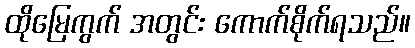
ထိုမြေကွက် အတွင်း ကောက်စိုက်ရသည်။